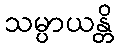
သမ္ပာယန္တိ